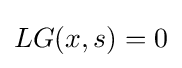
LG(x,s)=0